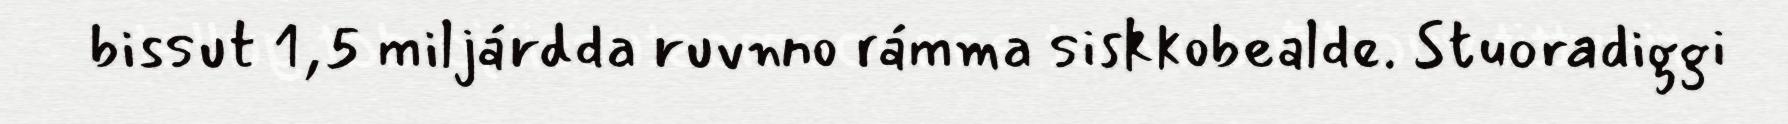
bissut 1,5 miljárdda ruvnno rámma siskkobealde. Stuoradiggi